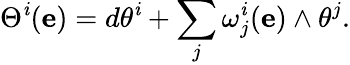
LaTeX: \Theta^{\mathit{i}}(\mathbf{{e}})=d\theta^{\mathit{i}}+\sum_{j}\omega_{j}^{\mathit{i}}(\mathbf{{e}})\wedge\theta^{j}.